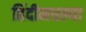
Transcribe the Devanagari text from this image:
हिंदीमधल्या